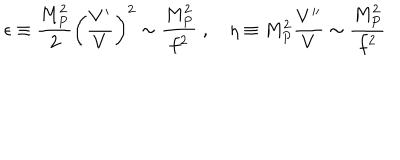
\epsilon \equiv \frac { M _ { P } ^ { 2 } } { 2 } \left( \frac { V ^ { \prime } } { V } \right) ^ { 2 } \sim \frac { M _ { P } ^ { 2 } } { f ^ { 2 } } \; , \quad \eta \equiv M _ { P } ^ { 2 } \frac { V ^ { \prime \prime } } { V } \sim \frac { M _ { P } ^ { 2 } } { f ^ { 2 } }